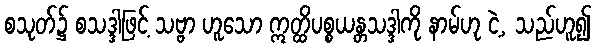
စသုတ်၌ စသဒ္ဒါဖြင့် သဗ္ဗာ ဟူသော ဣတ္ထိပစ္စယန္တသဒ္ဒါကို နာမ်ဟု ငဲ့, သည်ဟူ၍